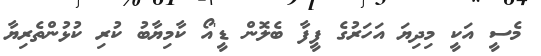
މެސީ އަކީ މިދިޔަ އަހަރުގެ ފީފާ ބެލޮން ޑީ'އޯ ކާމިޔާބު ކުރި ކުޅުންތެރިޔާ